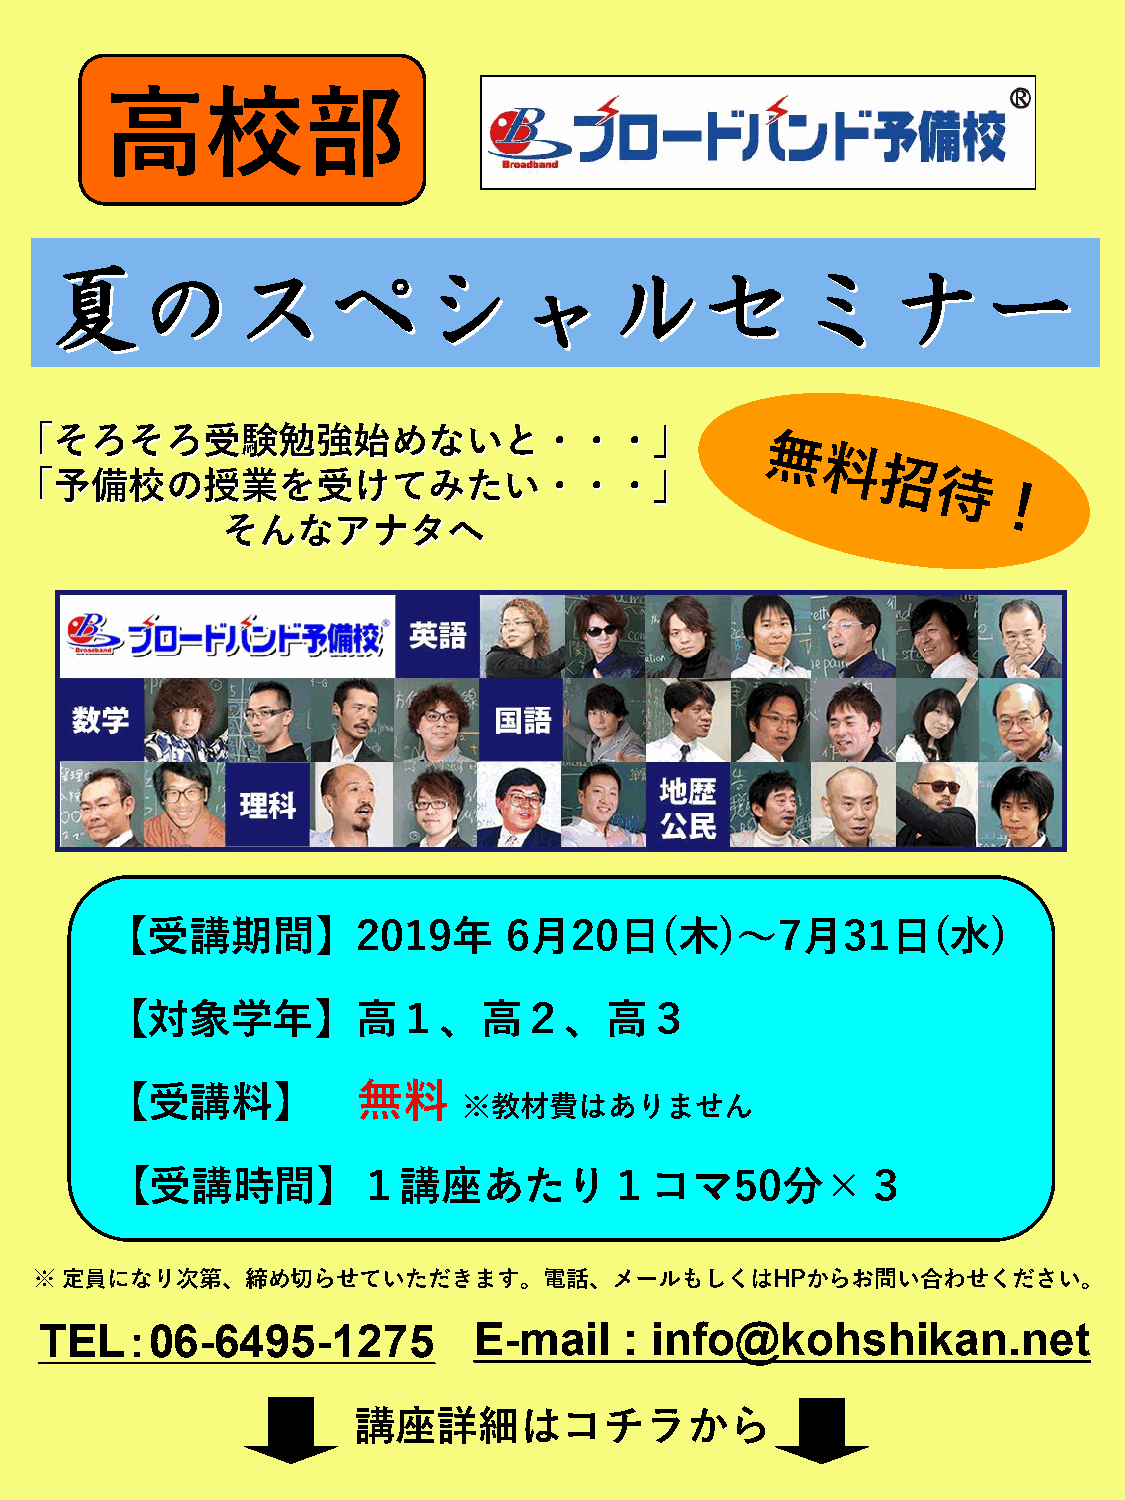
⾼校部
 夏夏ののススペペシシャャルルセセミミナナーー
 「「そそろろそそろろ受受験験勉勉強強始始めめなないいとと・・・・・・」」
 無
 料
 「「予予備備校校のの授授業業をを受受けけててみみたたいい・・・・・・」」                     招
 待
 ！
 そそんんななアアナナタタへへ
 【受講期間】2019年               6⽉20⽇(⽊)〜7⽉31⽇(⽔)
 【対象学年】⾼１、⾼２、⾼３
 【受講料】            無料
 ※教材費はありません
 【受講時間】１講座あたり１コマ50分×３
 ※ 定員になり次第、締め切らせていただきます。電話、メールもしくはHPからお問い合わせください。
 TEL    06-6495-1275         E-mail    : info@kohshikan.net
 講座詳細はコチラから